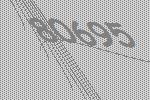
80695